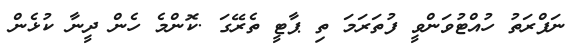
ނަފްރަތު ހުއްޓުވަންވީ ފުތަރަމަ ތި ޕާޓީ ތެރޭގަ .ކޮންމެ ހެން ދީނާ ކުޅެން